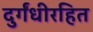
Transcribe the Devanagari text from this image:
दुर्गंधीरहित